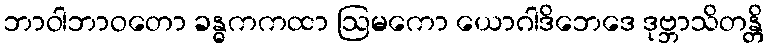
ဘာဝါဘာဝတော ခန္ဓကကထာ ဩမကော ယောဂါဒိဘေဒေ ဒုဗ္ဘာသိတန္တိ